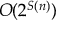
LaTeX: O ( 2 ^ { S ( n ) } )